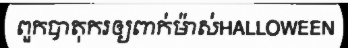
ពួកបាតុករឲ្យពាក់ម៉ាស់HALLOWEEN